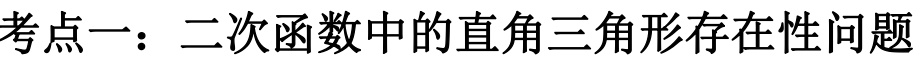
考点一：二次函数中的直角三角形存在性问题